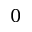
0